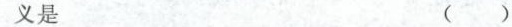
义是 ( )